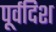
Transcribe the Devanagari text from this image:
पूर्वदिश